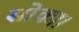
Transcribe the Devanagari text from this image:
सोका।